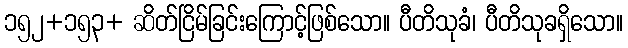
၁၅၂+၁၅၃+ ဆိတ်ငြိမ်ခြင်းကြောင့်ဖြစ်သော။ ပီတိသုခံ၊ ပီတိသုခရှိသော။